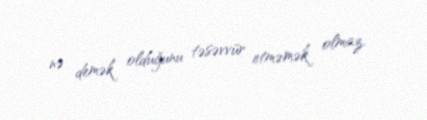
nə demək olduğunu təsəvvür etməmək olmaz.